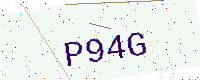
Text: P94G